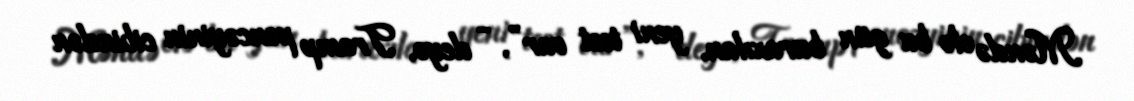
Məndə elə bu gün buraxılan, yeni test var”, - deyə, Tramp pencəyinin cibindən